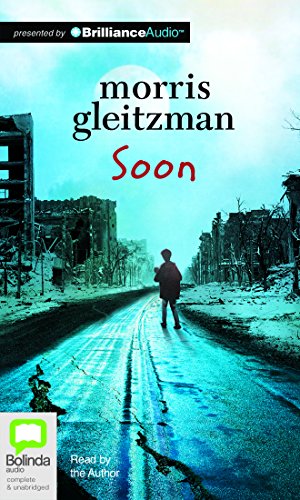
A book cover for Soon (Felix and Zelda Series); Morris Gleitzman; Teen & Young Adult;